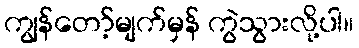
ကျွန်တော့်မျက်မှန် ကွဲသွားလို့ပါ။